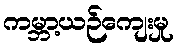
ကမ္ဘာ့ယဉ်ကျေးမှု